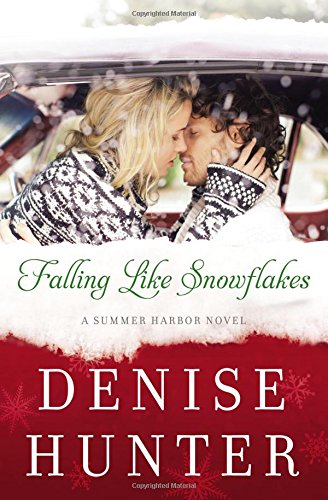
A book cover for Falling Like Snowflakes (A Summer Harbor Novel); Denise Hunter; Romance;